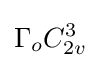
\Gamma _{o}C_{2v}^{3}